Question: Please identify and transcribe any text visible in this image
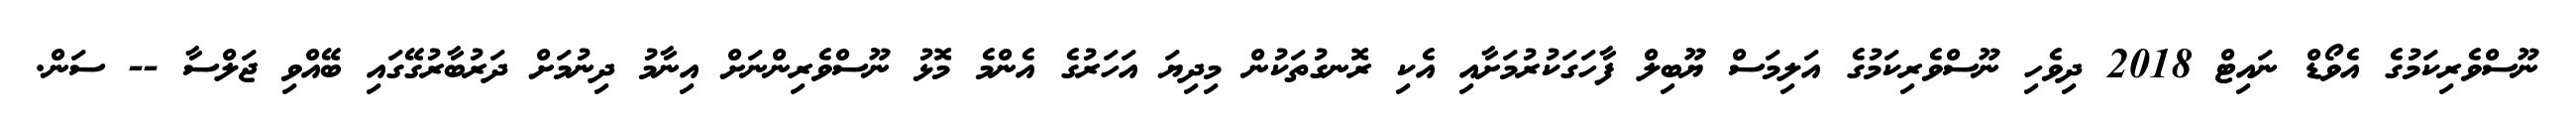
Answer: ނޫސްވެރިކަމުގެ އެވޯޑް ނައިޓް 2018 ދިވެހި ނޫސްވެރިކަމުގެ އަލިމަސް ޔޫބިލް ފާހަގަކުރުމަށާއި އެކި ރޮނގުތަކުން މިދިޔަ އަހަރުގެ އެންމެ މޮޅު ނޫސްވެރިންނަށް އިނާމު ދިނުމަށް ދަރުބާރުގޭގައި ބޭއްވި ޖަލްސާ -- ސަން.